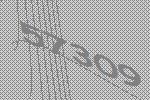
57309